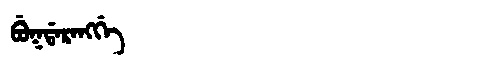
Manchu: ᠪᡠᡴᡩᠠᡵᠠᠩᡤᡝ
Romanization: BUKDARANGGE